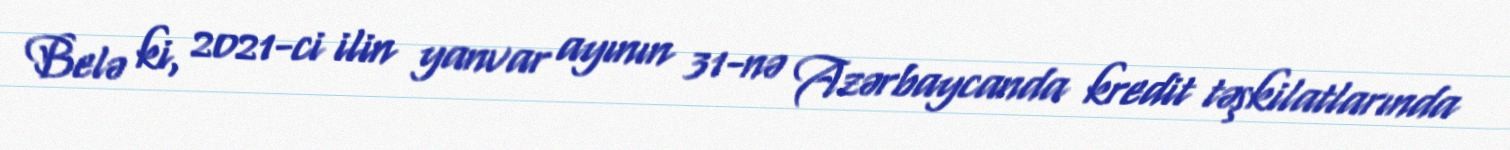
Belə ki, 2021-ci ilin yanvar ayının 31-nə Azərbaycanda kredit təşkilatlarında